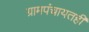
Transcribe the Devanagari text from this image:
ग्रामपंचायतही